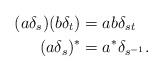
LaTeX: \begin{align*}(a\delta_s)(b\delta_t)&=ab\delta_{st}\\(a\delta_s)^*&=a^*\delta_{s^{-1}}.\end{align*}